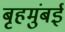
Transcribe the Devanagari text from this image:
बृहमुंबई